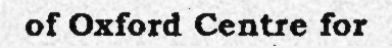
of Oxford Centre for